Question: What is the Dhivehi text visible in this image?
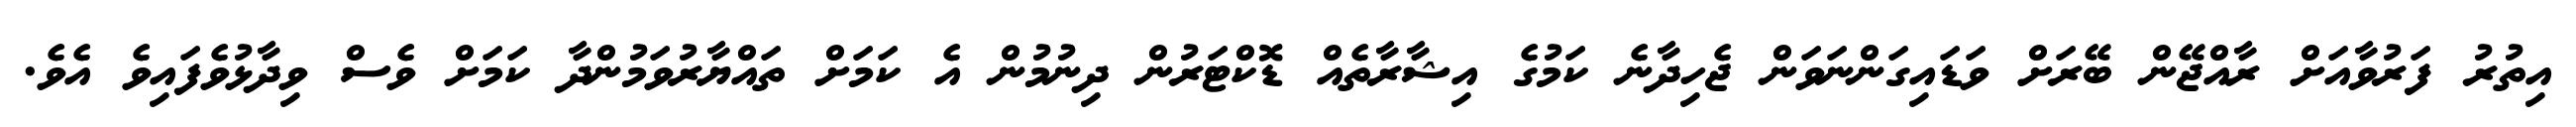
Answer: އިތުރު ފަރުވާއަށް ރާއްޖޭން ބޭރަށް ވަޑައިގަންނަވަން ޖެހިދާނެ ކަމުގެ އިޝާރާތެއް ޑޮކްޓަރުން ދިނުމުން އެ ކަމަށް ތައްޔާރުވަމުންދާ ކަމަށް ވެސް ވިދާޅުވެފައިވެ އެވެ.